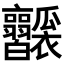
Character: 𤬥